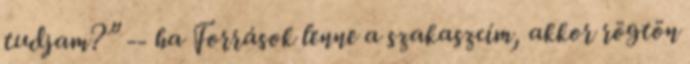
tudjam?” -- ha Források lenne a szakaszcím, akkor rögtön